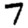
Digit: 7